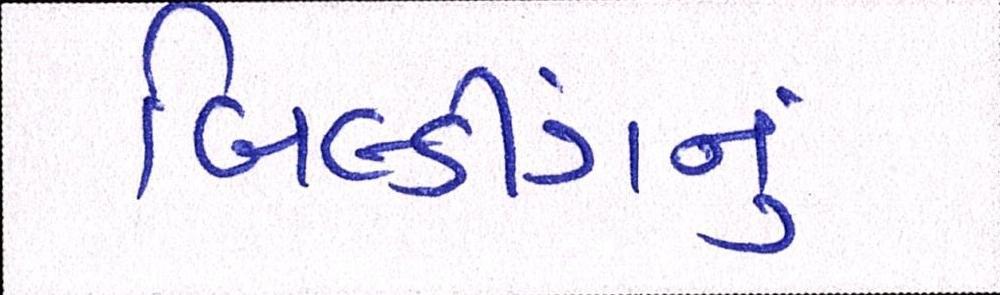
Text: બિલ્ડીંગનું